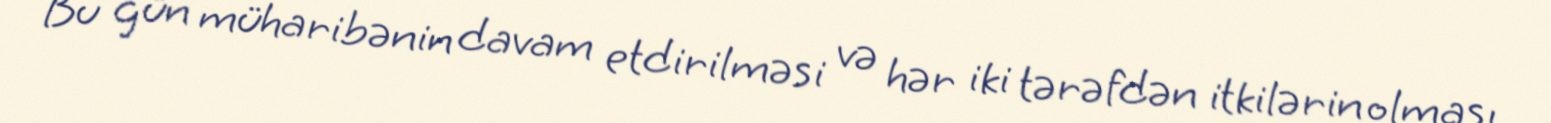
Bu gün müharibənin davam etdirilməsi və hər iki tərəfdən itkilərin olması